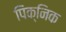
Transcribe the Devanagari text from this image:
पिक्निक